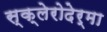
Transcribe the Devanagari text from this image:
स्क्लेरोदेर्मा